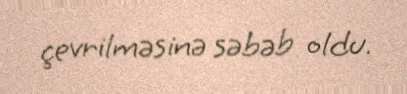
çevrilməsinə səbəb oldu.